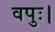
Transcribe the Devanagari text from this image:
वपुः।